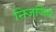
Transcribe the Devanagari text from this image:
निजजिय